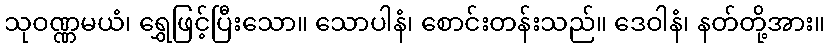
သုဝဏ္ဏမယံ၊ ရွှေဖြင့်ပြီးသော။ သောပါနံ၊ စောင်းတန်းသည်။ ဒေဝါနံ၊ နတ်တို့အား။